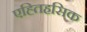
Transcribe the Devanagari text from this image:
एह्तिहसिक